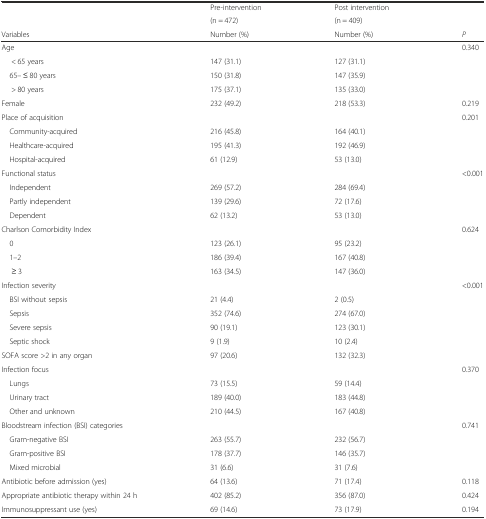
<table><thead><tr><td rowspan="2"></td><td><b>Pre-intervention</b></td><td><b>Post intervention</b></td><td rowspan="2"></td></tr><tr><td><b>(n = 472)</b></td><td><b>(n = 409)</b></td></tr><tr><td><b>Variables</b></td><td><b>Number (%)</b></td><td><b>Number (%)</b></td><td><b><i>P</i></b></td></tr></thead><tbody><tr><td>Age</td><td></td><td></td><td>0.340</td></tr><tr><td>&lt; 65 years</td><td>147 (31.1)</td><td>127 (31.1)</td><td></td></tr><tr><td> 65– ≤ 80 years</td><td>150 (31.8)</td><td>147 (35.9)</td><td></td></tr><tr><td>&gt; 80 years</td><td>175 (37.1)</td><td>135 (33.0)</td><td></td></tr><tr><td>Female</td><td>232 (49.2)</td><td>218 (53.3)</td><td>0.219</td></tr><tr><td>Place of acquisition</td><td></td><td></td><td>0.201</td></tr><tr><td> Community-acquired</td><td>216 (45.8)</td><td>164 (40.1)</td><td></td></tr><tr><td> Healthcare-acquired</td><td>195 (41.3)</td><td>192 (46.9)</td><td></td></tr><tr><td> Hospital-acquired</td><td>61 (12.9)</td><td>53 (13.0)</td><td></td></tr><tr><td>Functional status</td><td></td><td></td><td>&lt;0.001</td></tr><tr><td> Independent</td><td>269 (57.2)</td><td>284 (69.4)</td><td></td></tr><tr><td> Partly independent</td><td>139 (29.6)</td><td>72 (17.6)</td><td></td></tr><tr><td> Dependent</td><td>62 (13.2)</td><td>53 (13.0)</td><td></td></tr><tr><td>Charlson Comorbidity Index</td><td></td><td></td><td>0.624</td></tr><tr><td> 0</td><td>123 (26.1)</td><td>95 (23.2)</td><td></td></tr><tr><td> 1–2</td><td>186 (39.4)</td><td>167 (40.8)</td><td></td></tr><tr><td>≥ 3</td><td>163 (34.5)</td><td>147 (36.0)</td><td></td></tr><tr><td>Infection severity</td><td></td><td></td><td>&lt;0.001</td></tr><tr><td> BSI without sepsis</td><td>21 (4.4)</td><td>2 (0.5)</td><td></td></tr><tr><td> Sepsis</td><td>352 (74.6)</td><td>274 (67.0)</td><td></td></tr><tr><td> Severe sepsis</td><td>90 (19.1)</td><td>123 (30.1)</td><td></td></tr><tr><td> Septic shock</td><td>9 (1.9)</td><td>10 (2.4)</td><td></td></tr><tr><td>SOFA score &gt;2 in any organ</td><td>97 (20.6)</td><td>132 (32.3)</td><td></td></tr><tr><td>Infection focus</td><td></td><td></td><td>0.370</td></tr><tr><td> Lungs</td><td>73 (15.5)</td><td>59 (14.4)</td><td></td></tr><tr><td> Urinary tract</td><td>189 (40.0)</td><td>183 (44.8)</td><td></td></tr><tr><td> Other and unknown</td><td>210 (44.5)</td><td>167 (40.8)</td><td></td></tr><tr><td>Bloodstream infection (BSI) categories</td><td></td><td></td><td>0.741</td></tr><tr><td> Gram-negative BSI</td><td>263 (55.7)</td><td>232 (56.7)</td><td></td></tr><tr><td> Gram-positive BSI</td><td>178 (37.7)</td><td>146 (35.7)</td><td></td></tr><tr><td> Mixed microbial</td><td>31 (6.6)</td><td>31 (7.6)</td><td></td></tr><tr><td>Antibiotic before admission (yes)</td><td>64 (13.6)</td><td>71 (17.4)</td><td>0.118</td></tr><tr><td>Appropriate antibiotic therapy within 24 h</td><td>402 (85.2)</td><td>356 (87.0)</td><td>0.424</td></tr><tr><td>Immunosuppressant use (yes)</td><td>69 (14.6)</td><td>73 (17.9)</td><td>0.194</td></tr></tbody></table>